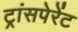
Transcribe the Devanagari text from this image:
ट्रांसपेरेंट